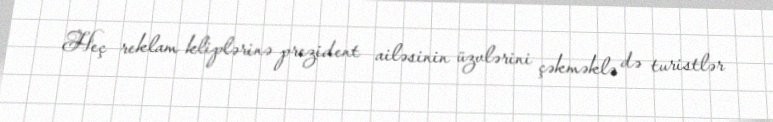
Heç reklam kliplərinə prezident ailəsinin üzvlərini çəkməklə də turistlər